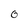
Character: 0